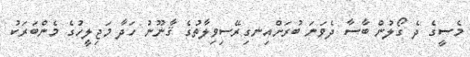
މެސީގެ ދެ ގޯލުން ބާސާ ދެވަނަ ބުރަށްއިނގިރޭސިވިލާތުގެ ޤާނޫނު ހަދާ މަޖިލީހުގެ މެންބަރަކު